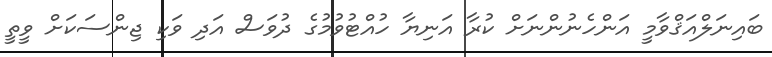
ބައިނަލްއަޤްވާމީ އަންހެނުންނަށް ކުރާ އަނިޔާ ހުއްޓުވުމުގެ ދުވަސް އަދި ވަކި ޖިންސަކަށް ވީތީ